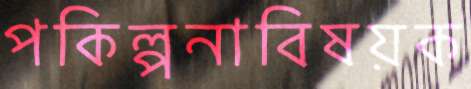
পকিল্পনাবিষয়ক